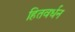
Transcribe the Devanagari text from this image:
हितवर्धन